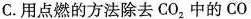
C.用点燃的方法除去CO_{2}，中的CO